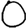
Digit: 0